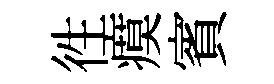
徃瘼賓